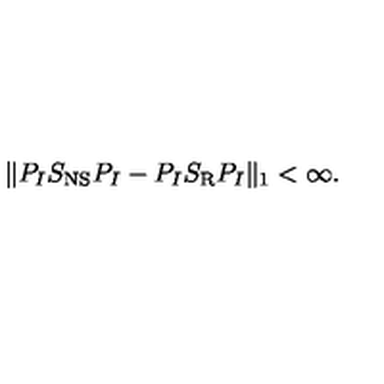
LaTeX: \| P _ { I } S _ { \mathrm { N S } } P _ { I } - P _ { I } S _ { \mathrm { R } } P _ { I } \| _ { 1 } < \infty .